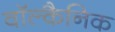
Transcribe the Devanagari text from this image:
वॉल्कैनिक